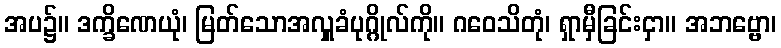
အပ၌။ ဒက္ခိဏေယုံ၊ မြတ်သောအလှူခံပုဂ္ဂိုလ်ကို။ ဂဝေသိတုံ၊ ရှာမှီခြင်းငှာ။ အဘဗ္ဗော၊